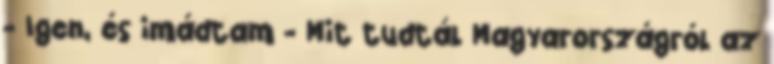
- Igen, és imádtam - Mit tudtál Magyarországról az